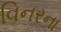
વિનરના